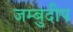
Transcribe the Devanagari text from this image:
जम्बुदीप